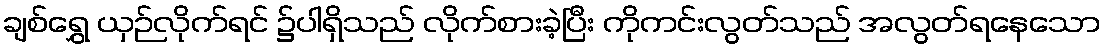
ချစ်ရွှေ ယှဉ်လိုက်ရင် ၌ပါရှိသည် လိုက်စားခဲ့ပြီး ကိုကင်းလွတ်သည် အလွတ်ရနေသော